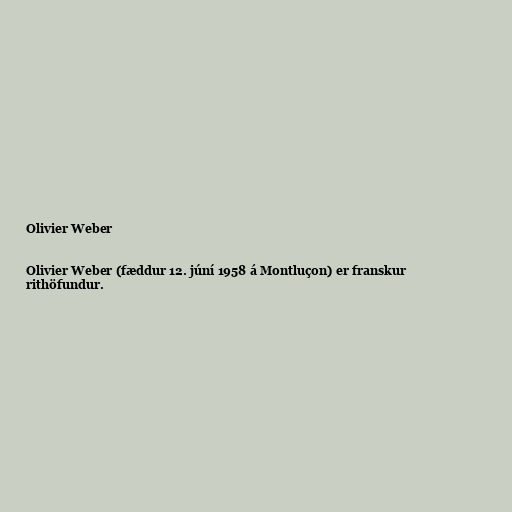
Olivier Weber

Olivier Weber (fæddur 12. júní 1958 á Montluçon) er franskur
rithöfundur.